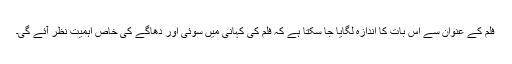
فلم کے عنوان سے اس بات کا اندازہ لگایا جا سکتا ہے کہ فلم کی کہانی میں سوئی اور دھاگے کی خاص اہمیت نظر آئے گی۔